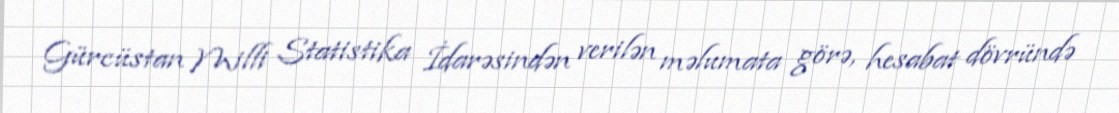
Gürcüstan Milli Statistika İdarəsindən verilən məlumata görə, hesabat dövründə